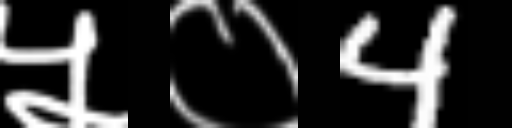
Text: ५०4